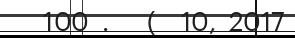
100 .   (  10